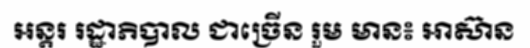
អន្តរ រដ្ឋាភិបាល ជាច្រើន រួម មាន៖ អាស៊ាន